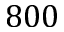
8 0 0